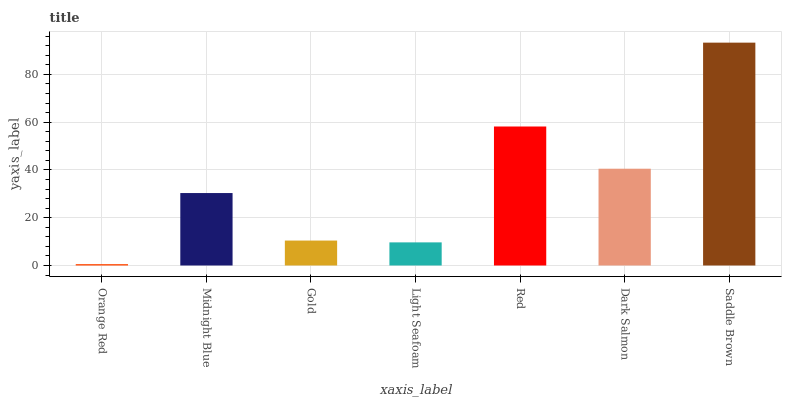
| xaxis_label | bars |
 | --- | --- |
 | Orange Red | 0.564 |
 | Midnight Blue | 30.3 |
 | Gold | 10.4 |
 | Light Seafoam | 9.68 |
 | Red | 58.2 |
 | Dark Salmon | 40.5 |
 | Saddle Brown | 93.3 |